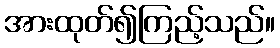
အားထုတ်၍ကြည့်သည်။